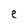
Character: e